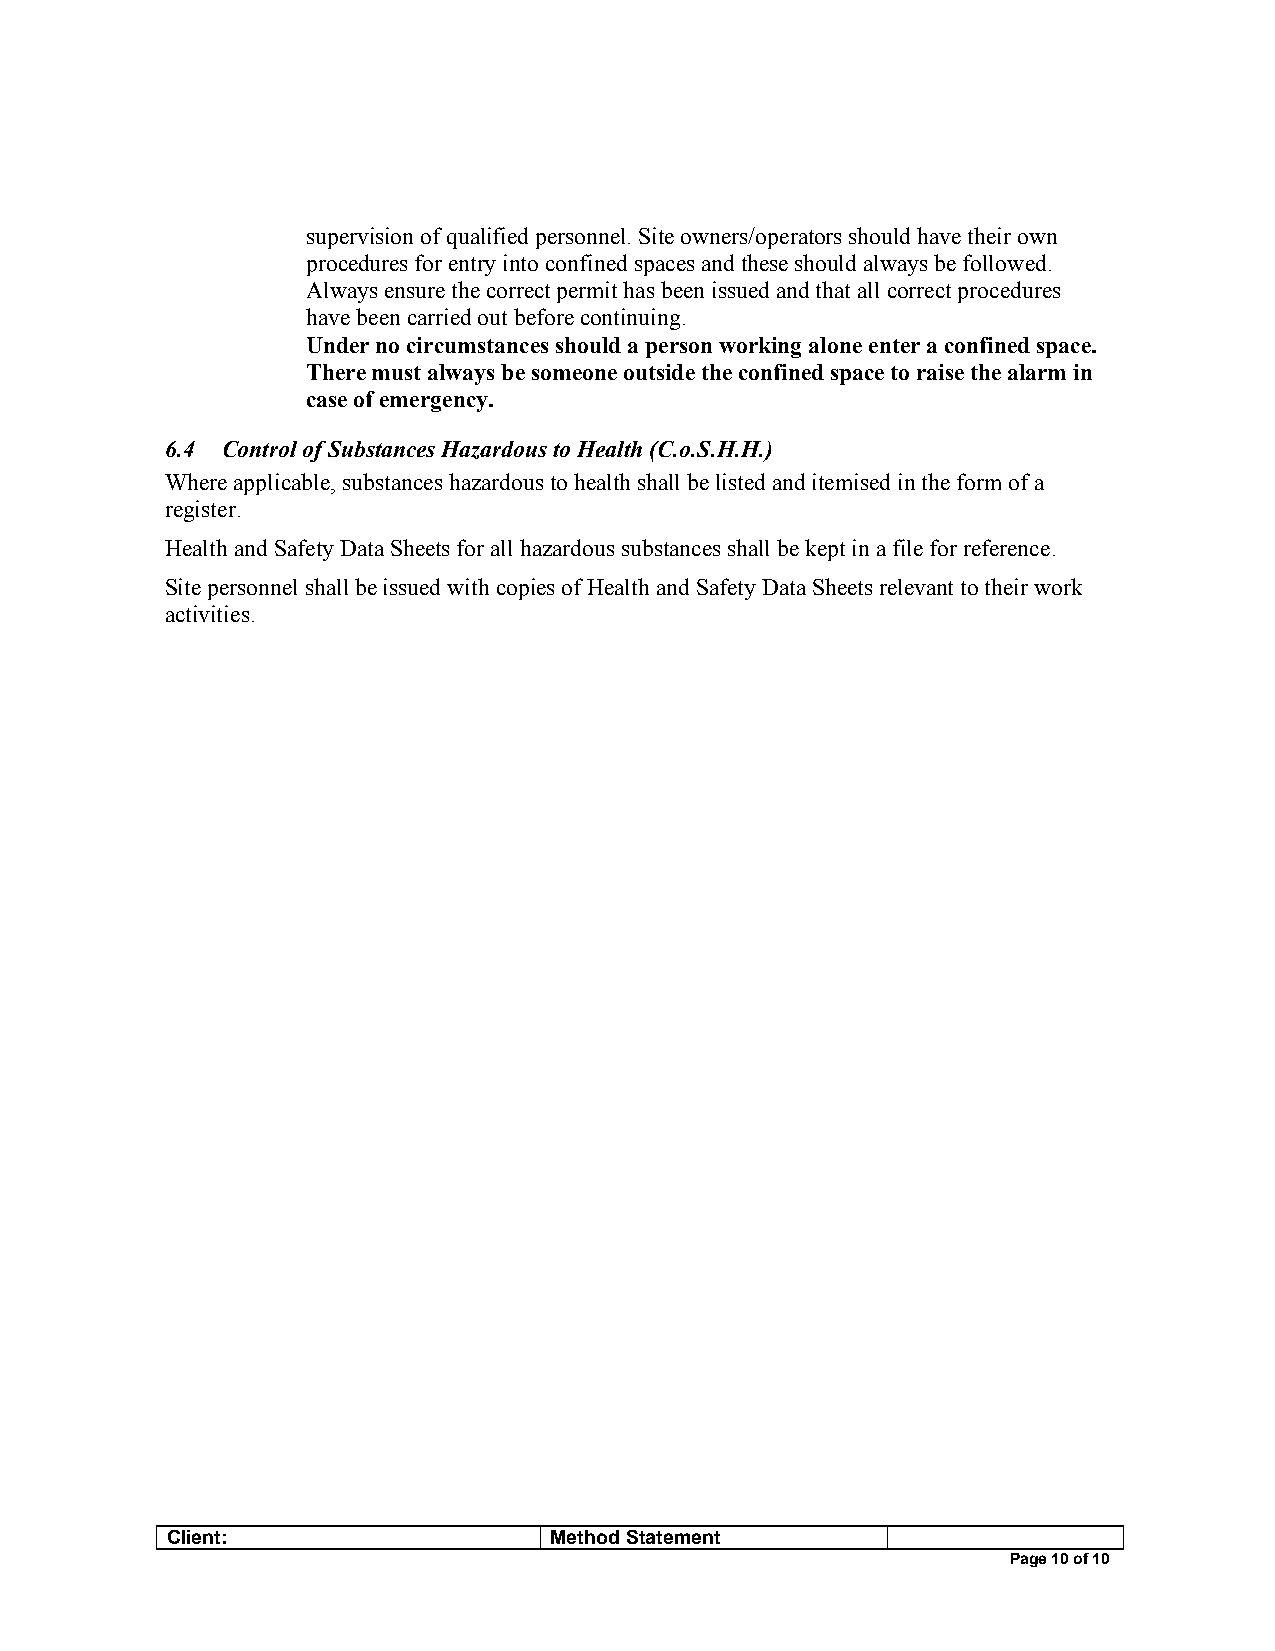
supervision of qualified personnel. Site owners/operators should have their own
 procedures for entry into confined spaces and these should always be followed.
 Always ensure the correct permit has been issued and that all correct procedures
 have been carried out before continuing.
 Under no circumstances should a person working alone enter a confined space.
 There must always be someone outside the confined space to raise the alarm in
 case of emergency.
 6.4 Control of Substances Hazardous to Health (C.o.S.H.H.)
 Where applicable, substances hazardous to health shall be listed and itemised in the form of a
 register.
 Health and Safety Data Sheets for all hazardous substances shall be kept in a file for reference.
 Site personnel shall be issued with copies of Health and Safety Data Sheets relevant to their work
 activities.
 Client:                  Method Statement
 Page 10 of 10